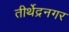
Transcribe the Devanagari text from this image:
तीर्थेद्रनगर